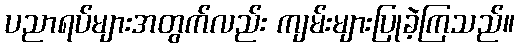
ပညာရပ်များအတွက်လည်း ကျမ်းများပြုခဲ့ကြသည်။